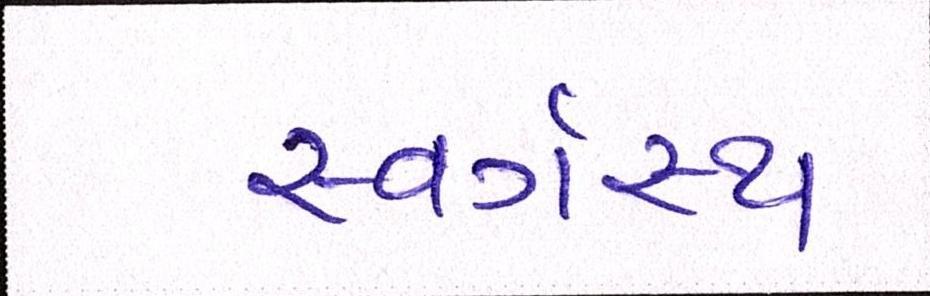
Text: સ્વર્ગસ્થ